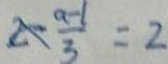
2 - \frac { a - 1 } { 3 } = 2